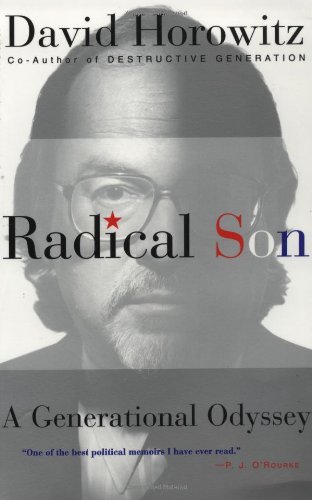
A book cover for Radical Son: A Generational Odyssey; David Horowitz; Biographies & Memoirs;